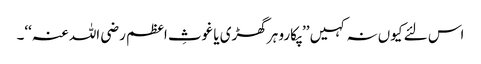
اس لئے کیوں نہ کہیں ’’پکارو ہر گھڑی یا غوثِ اعظم رضی اللہ عنہ‘‘۔